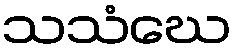
သသံဃေ